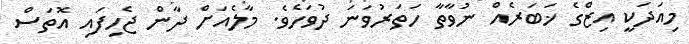
މިއަދަކީ އިޒްގެ ޚަބަރެއް ނުވާތާ ހަތަރުވަނަ ދުވަހެވެ. މާލެއަށް ދާން ޖެހިފައި އޮތަސް